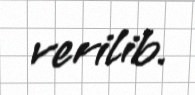
verilib.